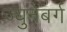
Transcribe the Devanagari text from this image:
ज्युनेबर्ग